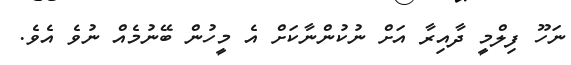
ނަހޫ ފިލްމީ ދާއިރާ އަށް ނުކުންނާކަށް އެ މީހުން ބޭނުމެއް ނުވެ އެވެ.